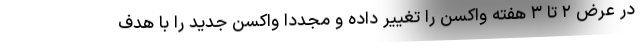
در عرض ۲ تا ۳ هفته واکسن را تغییر داده و مجدداً واکسن جدید را با هدف